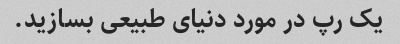
یک رپ در مورد دنیای طبیعی بسازید.